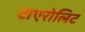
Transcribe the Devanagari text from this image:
टाएरोलिट